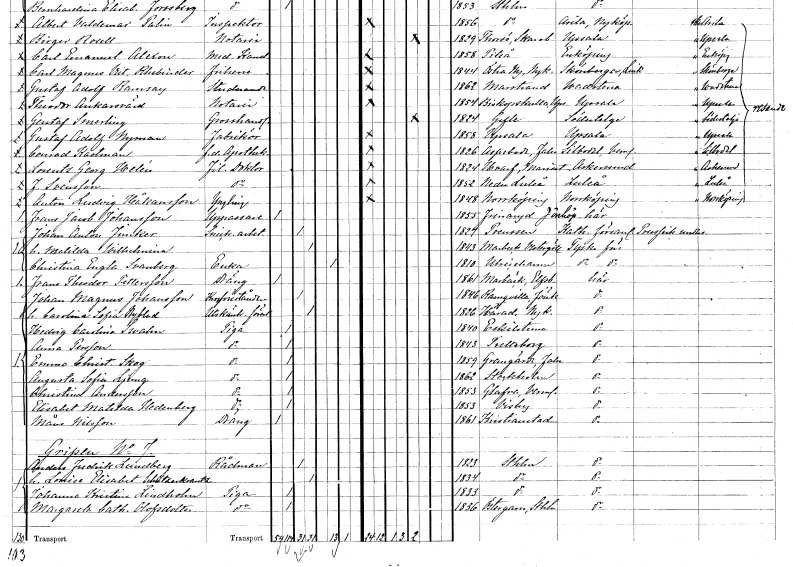
gt_parse: households: individuals: FN: Conrad
EN: Kastman
YRKE: Apotekare f.d.
KON: M
CIV: O
FODAR: 1826
FODFORS: Aspeboda Kopparbergs län
FN: Lorentz Georg
EN: Helén
YRKE: Fil. doktor
KON: M
CIV: O
FODAR: 1824
FODFORS: Varv Skaraborgs län
FN: Fredrik
EN: Svensson
YRKE: Fil. doktor
KON: M
CIV: O
FODAR: 1852
FODFORS: Nederluleå Norrbottens län
FN: Anton Ludvig
EN: Håkansson
KON: M
CIV: O
FODAR: 1848
FODFORS: Norrköping Östergötlands län
FN: Frans Jacob
EN: Johansson
YRKE: Uppassare
KON: M
CIV: O
FODAR: 1855
FODFORS: Frinnaryd Jönköpings län
FN: Johan Anton
EN: Junker
YRKE: Snickeriarbetare
KON: M
CIV: G
FODAR: 1824
FN: Matilda Wilhelmina
KON: K
CIV: G
FODAR: 1843
FODFORS: Marbäck Älvsborgs län
FN: Christina Engla
EN: Svanberg
YRKE: Änka
KON: K
CIV: E
FODAR: 1810
FODFORS: Ulricehamn Älvsborgs län
FN: Frans Theodor
EN: Pettersson
YRKE: Dräng
KON: M
CIV: O
FODAR: 1861
FODFORS: Marbäck Älvsborgs län
FN: Johan Magnus
EN: Johansson
YRKE: Krogföreståndare
KON: M
CIV: G
FODAR: 1846
FODFORS: Ramkvilla Jönköpings län
FN: Carolina Sofia
EN: Nyblad
YRKE: Utskänkningsförestånderska
KON: K
CIV: G
FODAR: 1826
FODFORS: Härad Södermanlands län
FN: Hedvig Carolina
EN: Swahn
YRKE: Piga
KON: K
CIV: O
FODAR: 1840
FODFORS: Eskilstuna Södermanlands län
FN: Anna
EN: Persson
YRKE: Piga
KON: K
CIV: O
FODAR: 1843
FODFORS: Trelleborg Malmöhus län
FN: Emma Christina
EN: Skog
YRKE: Piga
KON: K
CIV: O
FODAR: 1859
FODFORS: Grangärde Kopparbergs län
FN: Augusta Sofia
EN: Ljung
YRKE: Piga
KON: K
CIV: O
FODAR: 1862
FODFORS: Stockholm
FN: Christina
EN: Andersson
YRKE: Piga
KON: K
CIV: O
FODAR: 1853
FODFORS: Glava Värmlands län
FN: Elisabet Matilda
EN: Hedenberg
YRKE: Piga
KON: K
CIV: O
FODAR: 1853
FODFORS: Visby Gotlands län
FN: Måns
EN: Nilsson
YRKE: Dräng
KON: M
CIV: O
FODAR: 1861
FODFORS: Kristianstad Kristianstads län
FN: Anders Fredrik
EN: Lundberg
YRKE: Rådman
KON: M
CIV: G
FODAR: 1823
FODFORS: Stockholm
FN: Louise Elisabet
EN: Schützerkrantz
KON: K
CIV: G
FODAR: 1834
FODFORS: Stockholm
FN: Johanna Kristina
EN: Lindholm
YRKE: Piga
KON: K
CIV: O
FODAR: 1833
FODFORS: Stockholm
FN: Margareta Catharina
EN: Olofsdotter
YRKE: Piga
KON: K
CIV: O
FODAR: 1836
FODFORS: Östergarn Gotlands län